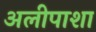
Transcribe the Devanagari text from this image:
अलीपाशा